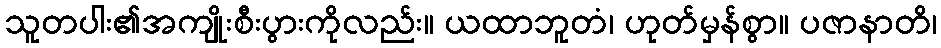
သူတပါး၏အကျိုးစီးပွားကိုလည်း။ ယထာဘူတံ၊ ဟုတ်မှန်စွာ။ ပဇာနာတိ၊